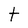
Character: t